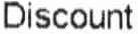
DISCOUNT